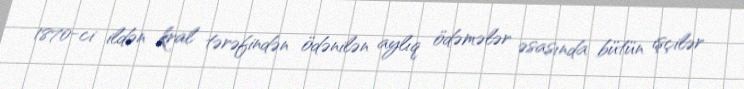
1870-ci ildən kral tərəfindən ödənilən aylıq ödəmələr əsasında bütün işçilər